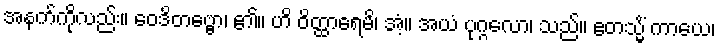
အနက်ကိုလည်း။ ဝေဒိတဗ္ဗော၊ ၏။ ဟိ ဝိတ္ထာရေမိ၊ အံ့။ အယံ ပုဂ္ဂလော၊ သည်။ ဧတသ္မိံ ကာယေ၊